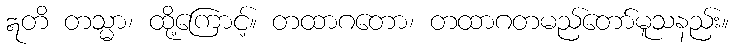
ဣတိ တသ္မာ၊ ထို့ကြောင့်။ တထာဂတော၊ တထာဂတမည်တော်မူသနည်း။